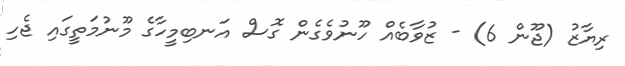
ރިޔާޒު (ޖޫން 6) - ޒުވާބެއް ހޫނުވެގެން ގޮސް އަނބިމީހާގެ މޫނުމަތީގައި ޖެހި